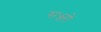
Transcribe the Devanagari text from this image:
सज्ज्नों